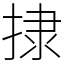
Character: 捸